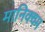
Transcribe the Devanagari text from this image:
मानिक्यम